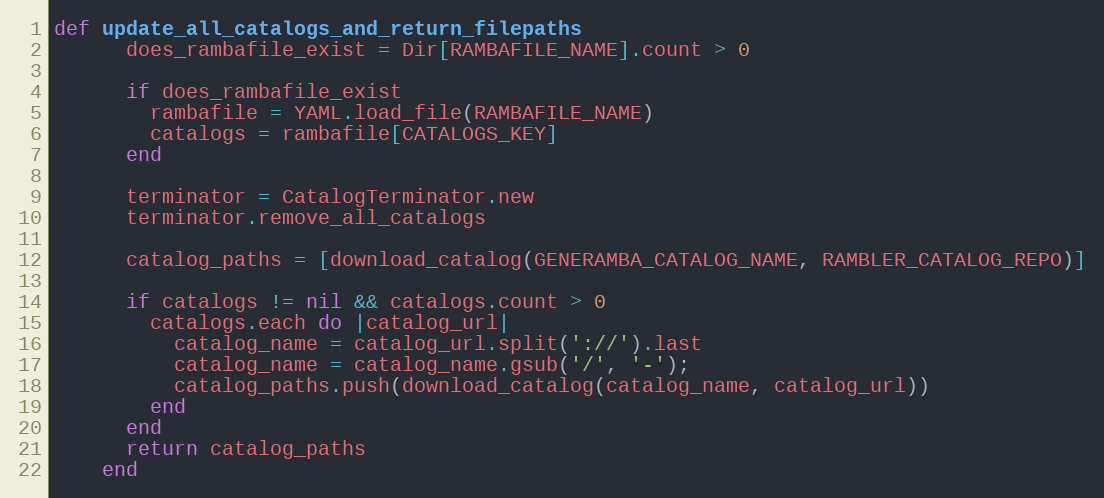
Language: Ruby
def update_all_catalogs_and_return_filepaths
      does_rambafile_exist = Dir[RAMBAFILE_NAME].count > 0

      if does_rambafile_exist
        rambafile = YAML.load_file(RAMBAFILE_NAME)
        catalogs = rambafile[CATALOGS_KEY]
      end

      terminator = CatalogTerminator.new
      terminator.remove_all_catalogs

      catalog_paths = [download_catalog(GENERAMBA_CATALOG_NAME, RAMBLER_CATALOG_REPO)]

      if catalogs != nil && catalogs.count > 0
        catalogs.each do |catalog_url|
          catalog_name = catalog_url.split('://').last
          catalog_name = catalog_name.gsub('/', '-');
          catalog_paths.push(download_catalog(catalog_name, catalog_url))
        end
      end
      return catalog_paths
    end